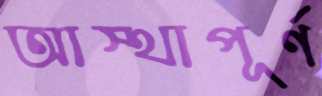
আস্থাপূর্ণ